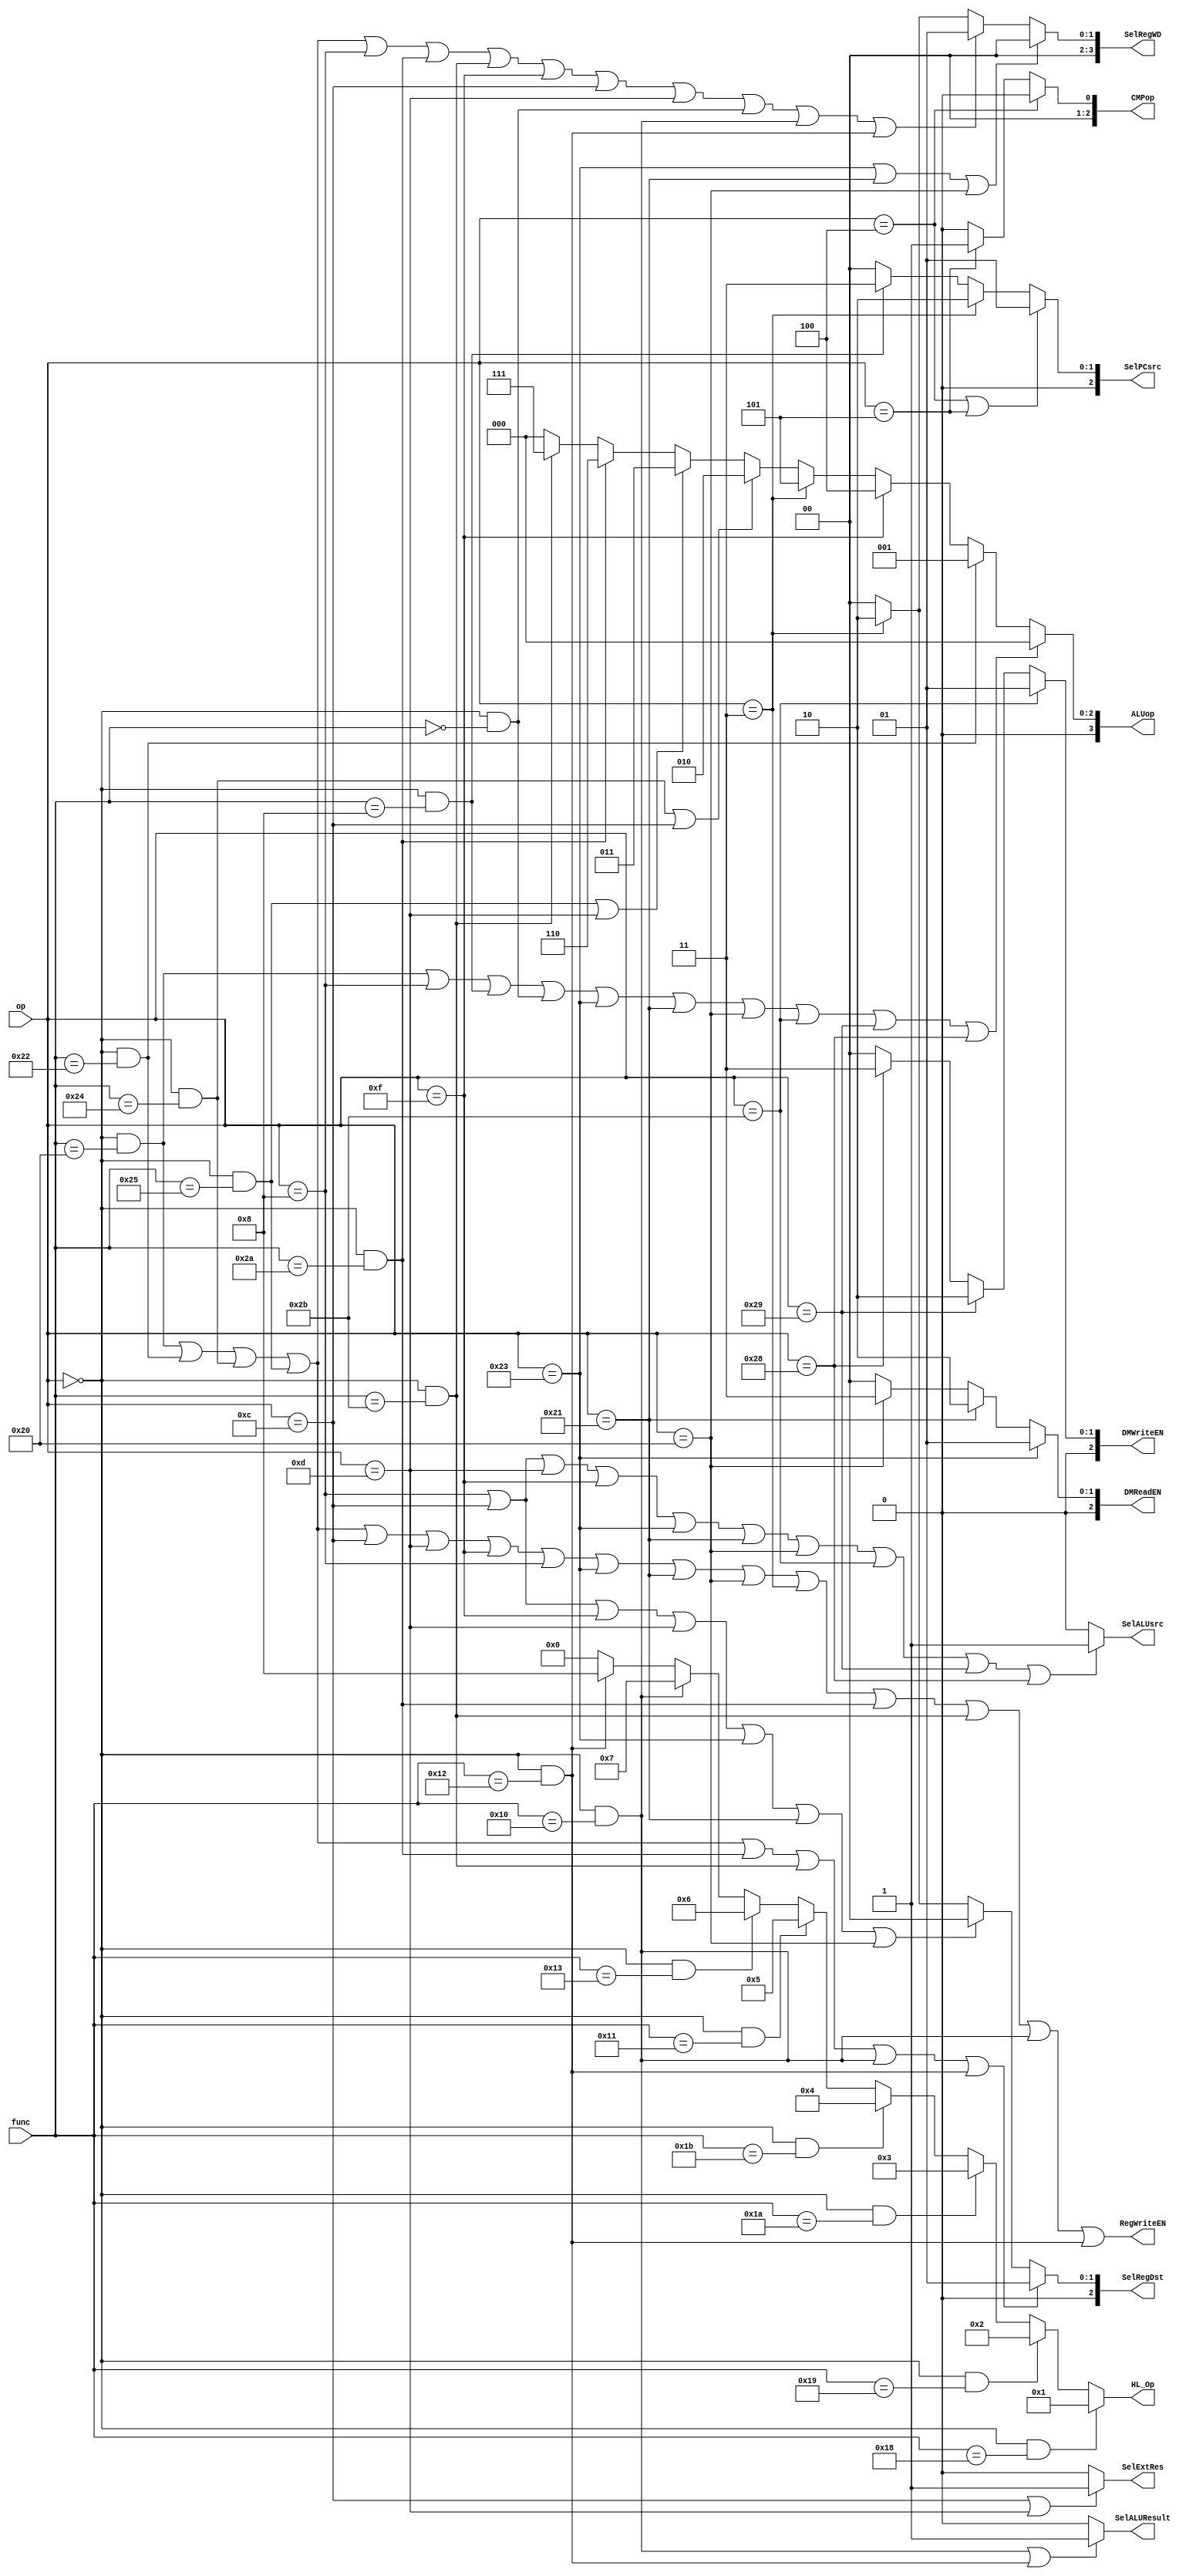
`timescale 1ns / 1ps
`define R 6'b000000
`define ADD 6'b100000
`define SUB 6'b100010
`define AND 6'b100100
`define OR 6'b100101
`define SLT 6'b101010
`define SLTU 6'b101011
`define MULT 6'b011000
`define MULTU 6'b011001
`define DIV 6'b011010
`define DIVU 6'b011011
`define MFHI 6'b010000
`define MFLO 6'b010010
`define MTHI 6'b010001
`define MTLO 6'b010011
`define JR 6'b001000
`define NOP 6'b000000

`define ORI 6'b001101
`define ADDI 6'b001000
`define ANDI 6'b001100
`define LUI 6'b001111
`define LB 6'b100000
`define LH 6'b100001
`define LW 6'b100011
`define SB 6'b101000
`define SH 6'b101001
`define SW 6'b101011
`define BEQ 6'b000100
`define BNE 6'b000101
`define JAL 6'b000011

//////////// ALUop //////////
`define ALU_add 4'b0000
`define ALU_sub 4'b0001
`define ALU_and 4'b0010
`define ALU_or 4'b0011
`define ALU_lui 4'b0100
`define ALU_jal 4'b0101
`define ALU_slt 4'b0110
`define ALU_sltu 4'b0111

//////////// HILORegWriteEN //////////
`define HL_NoWrite 4'b0000
`define HL_Mult 4'b0001
`define HL_Multu 4'b0010
`define HL_Div 4'b0011
`define HL_Divu 4'b0100
`define HL_Mthi 4'b0101
`define HL_Mtlo 4'b0110
`define HL_Mfhi 4'b0111
`define HL_Mflo 4'b1000

//////////// SelALUResult //////////
`define HL_Result 1'b1
`define ALU_Result 1'b0

/////////// SelExtRes //////////
`define EXT_sign 1'b0
`define EXT_zero 1'b1

/////////// SelALUsrc //////////
`define Rt_Data 1'b0
`define Ext_Data 1'b1

//////////// SelRegDst /////////
`define RF_rt 3'b000
`define RF_rd 3'b001
`define RF_ra 3'b010

//////////// DMReadEN /////////
`define DM_lw 3'b001
`define DM_lh 3'b010
`define DM_lb 3'b011

//////////// DMWriteEN /////////
`define DM_sw 3'b001
`define DM_sh 3'b010
`define DM_sb 3'b011

/////////// SelRegWD ////////
`define DM_Data 4'b0000
`define ALU_Data 4'b0001
`define PC_Data 4'b0010
`define MULT_Data 4'b0011

//////////// SelPCsrc ///////////
`define No_Branch 3'b000
`define Beq_Branch 3'b001
`define Jal_Jump 3'b010
`define Jr_Jump 3'b011
`define Bne_Branch 3'b100

/////////// CMPop //////////////
`define BEQ_cmp 3'b000
`define BNE_cmp 3'b001

module G_GeneralController(
    input [5:0] op,
    input [5:0] func,
    output RegWriteEN,
    output SelExtRes,       // choose Extend result
    output SelALUsrc,
    output [3:0] ALUop,
    output [3:0] HL_Op, // new
    output SelALUResult,
    output [2:0] SelRegDst,
    output [2:0] DMWriteEN,
    output [2:0] DMReadEN,
    output [2:0] SelPCsrc,  // control jump
    output [3:0] SelRegWD,  // choose data from DM to RF
    output [2:0] CMPop
);
    wire add = (op == `R && func == `ADD);
    wire sub = (op == `R && func == `SUB);
    wire _and = (op == `R && func == `AND);
    wire _or = (op == `R && func == `OR);
    wire slt = (op == `R && func == `SLT);
    wire sltu = (op == `R && func == `SLTU);
    wire mult = (op == `R && func == `MULT);
    wire multu = (op == `R && func == `MULTU);
    wire div = (op == `R && func == `DIV);
    wire divu = (op == `R && func == `DIVU);
    wire mfhi = (op == `R && func == `MFHI);
    wire mflo = (op == `R && func == `MFLO);
    wire mthi = (op == `R && func == `MTHI);
    wire mtlo = (op == `R && func == `MTLO);
    wire ori = (op == `ORI);
    wire andi = (op == `ANDI);
    wire addi = (op == `ADDI);
    wire lui = (op == `LUI);
    wire lw = (op == `LW);
    wire lb = (op == `LB);
    wire lh = (op == `LH);
    wire sw = (op == `SW);
    wire sb = (op == `SB);
    wire sh = (op == `SH);
    wire beq = (op == `BEQ);
    wire bne = (op == `BNE);
    wire jr = (op == `R && func == `JR);
    wire jal = (op == `JAL);
    wire nop = (op == `R && func == `NOP);

    assign RegWriteEN = (add | sub | _and | _or
                        | andi | ori | lui | addi
                        | lw | lh | lb | jal | slt | sltu
                        | mfhi | mflo);

    assign SelExtRes = (andi | ori) ? `EXT_zero : `EXT_sign;

    assign SelPCsrc = (beq | bne) ? `Beq_Branch :
                      jal ? `Jal_Jump :
                      jr ? `Jr_Jump :
                      `No_Branch;

    assign CMPop = beq ? `BEQ_cmp : 
                   bne ? `BNE_cmp :
                   3'b000;
    
    //////////////// E ///////////////
    assign SelALUsrc = (addi | andi | ori | lui | lw | lh | lb | sw | sh | sb) ? `Ext_Data : `Rt_Data;

    assign ALUop = (add | addi | jr | nop | lw | lh | lb | sw | sh | sb) ? `ALU_add :
                   sub ? `ALU_sub :
                   lui ? `ALU_lui :
                   jal ? `ALU_jal :
                   (_and | andi) ? `ALU_and :
                   (_or | ori) ? `ALU_or :
                   slt ? `ALU_slt :
                   sltu ? `ALU_sltu :
                   `ALU_add;
    
    assign HL_Op = mult ? `HL_Mult :
                   multu ? `HL_Multu :
                   div ? `HL_Div :
                   divu ? `HL_Divu :
                   mthi ? `HL_Mthi :
                   mtlo ? `HL_Mtlo :
                   mfhi ? `HL_Mfhi :
                   mflo ? `HL_Mflo :
                   `HL_NoWrite;

    assign SelALUResult = (mfhi | mflo) ? `HL_Result : `ALU_Result;
    
    //////////////// M ////////////////
    assign DMWriteEN = sw ? `DM_sw :
                       sh ? `DM_sh :
                       sb ? `DM_sb :
                       3'b000;

    assign DMReadEN = lw ? `DM_lw :
                      lh ? `DM_lh :
                      lb ? `DM_lb :
                      3'b000;

    //////////////// W ////////////////
    assign SelRegDst = (add | sub | _and | _or | slt | sltu | mfhi | mflo) ? `RF_rd :
                       (addi | andi | lui | ori | lw | lh | lb) ? `RF_rt :
                       jal ? `RF_ra :
                       `RF_rt;

    assign SelRegWD = (lw | lh | lb) ? `DM_Data :
                      (add | sub | _and | _or | addi | slt | sltu | lui | andi | ori | nop | mfhi | mflo) ? `ALU_Data :
                      jal ? `PC_Data :
                      `DM_Data;

endmodule //GeneralController